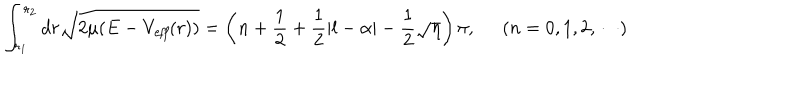
\int _ { r _ { 1 } } ^ { r _ { 2 } } d r \sqrt { 2 \mu ( E - V _ { \it e f f } ( r ) ) } = \left( n + \frac { 1 } { 2 } + \frac { 1 } { 2 } | l - \alpha | - \frac { 1 } { 2 } \sqrt { \eta } \right) \pi , \; \; ( n = 0 , 1 , 2 , \cdots )